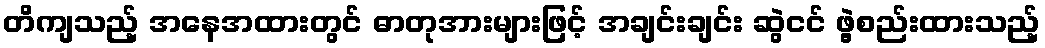
တိကျသည့် အနေအထားတွင် ဓာတုအားများဖြင့် အချင်းချင်း ဆွဲငင် ဖွဲ့စည်းထားသည့်